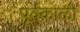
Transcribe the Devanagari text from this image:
पूर्वकाळी